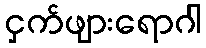
ငှက်ဖျားရောဂါ